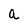
Character: a